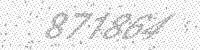
Solution: 871864